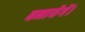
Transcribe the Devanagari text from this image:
बनायेगें।